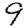
Digit: 9